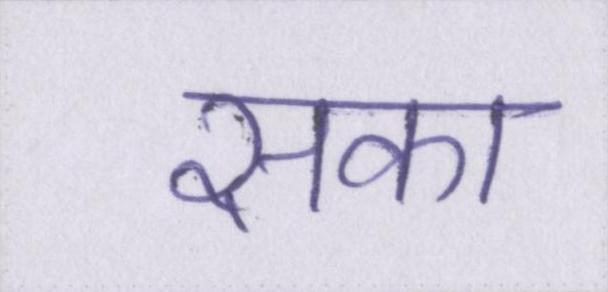
सका